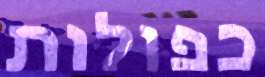
כפולות